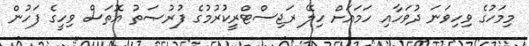
މިމަހުގެ ވިހިވަނަ ދުވަހާއި ހަމައަށް ހިލޭ ރަޖިސްޓްރީކުރުމުގެ ފުރުޞަތު އޮތަސް ވިހީގެ ފަހުން